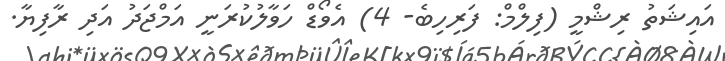
އައިޝަތު ރިޝްމީ (ފިލްމް: ފަރިހިބެ- 4) އެވޯޑް ހަވާލުކުރަނީ އަމްޖަދު އަދި ރާފިޔާ.